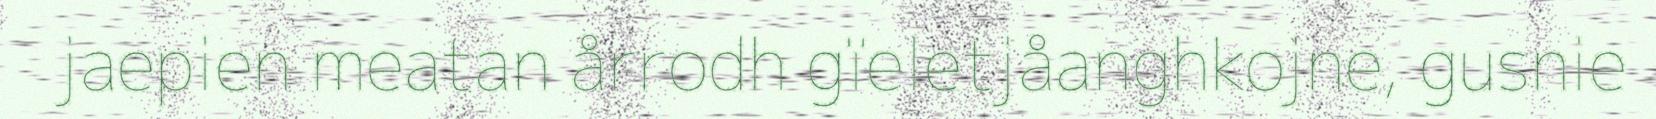
jaepien meatan årrodh gïeletjåanghkojne, gusnie